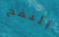
النفخ